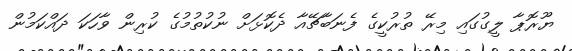
ޔޫރޮޕާ ލީގުގައި މިރޭ ތުރުކީގެ ފެނަބާޗޭއާ ދެކޮޅަށް ނުކުތުމުގެ ކުރިން ވާހަކަ ދައްކަމުން